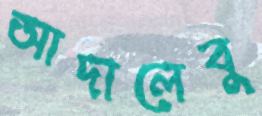
আদালেবু